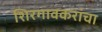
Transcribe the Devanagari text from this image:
शिरगावकरांचा